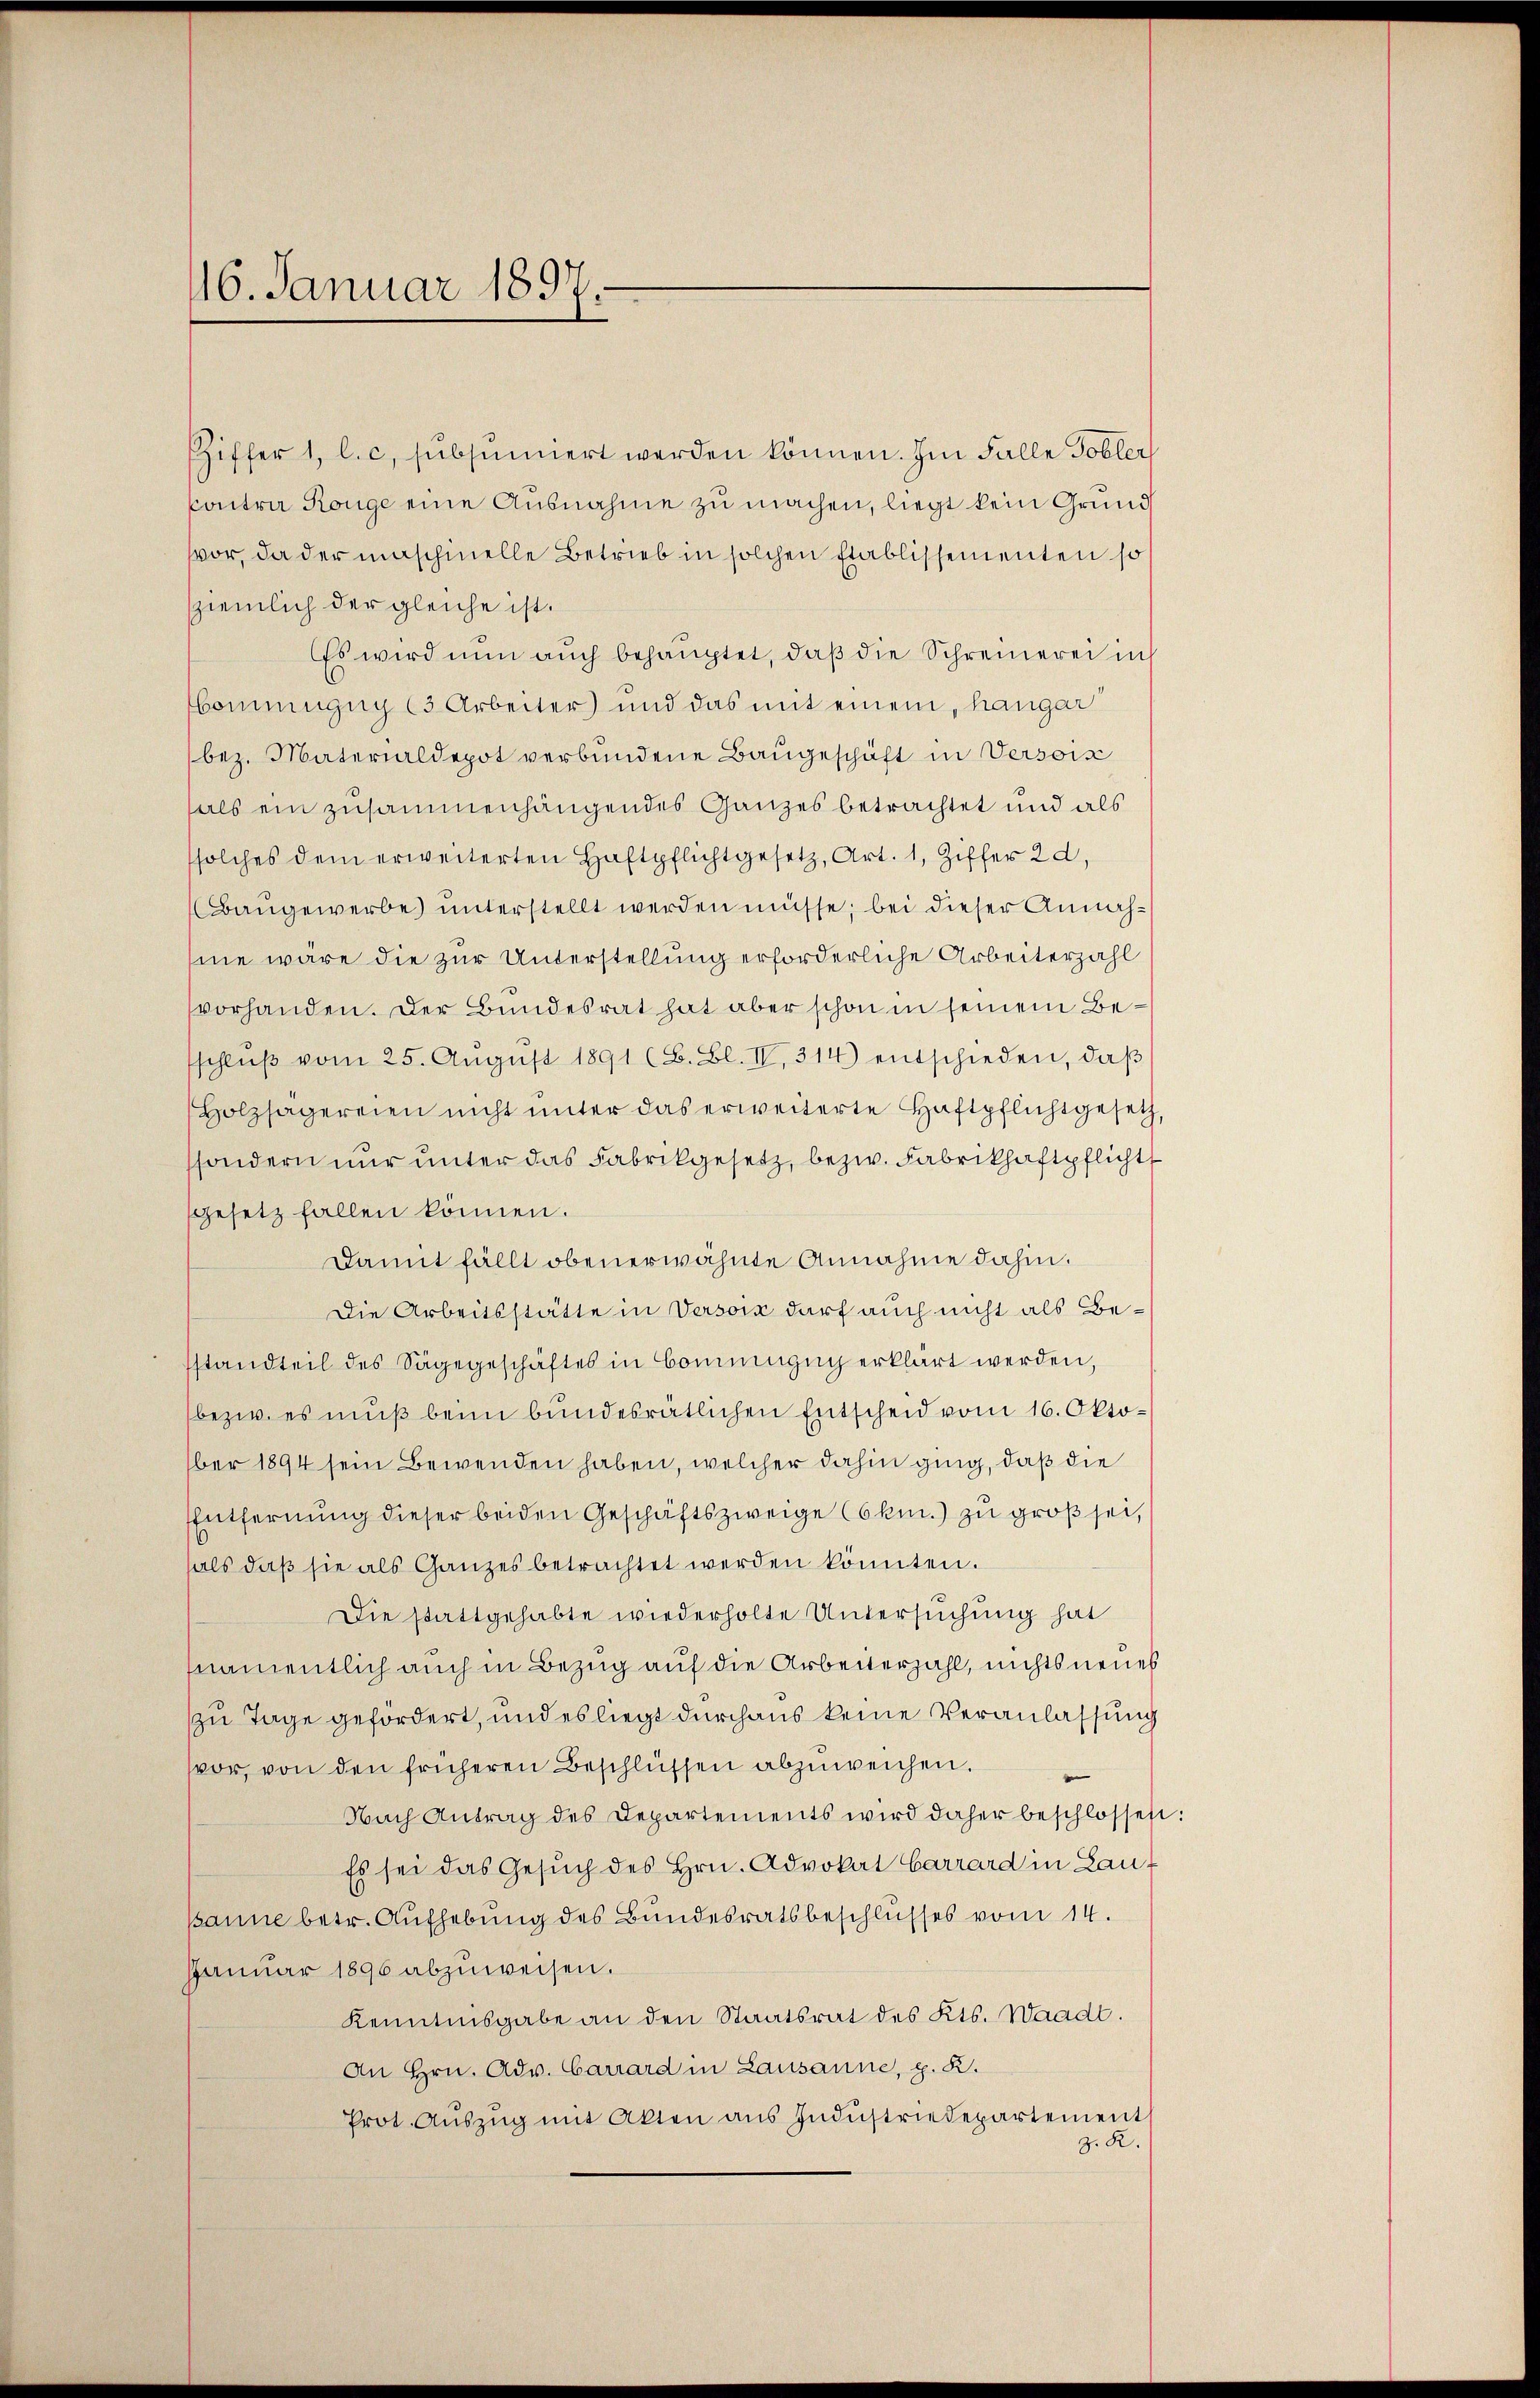
16. Januar 1897.

iffer 1, C. c. subsumiert werden können. Im Falle Tobler
Contra Ronge eine Ausnahme zu machen, liegt kein Grund
vor, da der maschinelle Betrieb in solchen Etablissementen so
ziemlich der gleiche ist.
Es wird nun auch behauptet, daß die Schreinerei uns
bommengug (3 Arbeiter und das mit einem, hangar
bez. Materialdepot verbundene Baugeschäft in Versois
als ein zusammenhängendes Ganzes betrachtet und als
ssolches dem erweiterten Haftpflichtgesetz, Art. 1, Ziffer 20,
Baugewerbe) unterstellt werden müsse, bei dieser Annahsine wäre die zur Unterstellung erforderliche Arbeiterzahl
vorhanden. Der Bundesrat hat aber schon in seinem Besschlŭβ vom 25. Aŭgŭst 1891 (B. Bl. IV 314) entschieden, daβ
Holzsägereien nicht unter das erweiterte Haftpflichtgesetz
ssondern nur unter das Fabrikgesetz, bezw. Fabrikhaftpflicht
gesetz fallen können.
Damit fällt obenerwähnte Annahme dahin.
Die Arbeitsstätte in Versoin darf auch nicht als Bestandteil des Sagegeschäftes in Commügug erklärt werden,
bezw. es muß beim bundesrätlichen Entscheid vom 16. Oktober 1894 sein Bewenden haben, welcher dahin ging, daß die
Entfernung dieser beiden Geschäftszweige Cokm.) zu groß sei,
hals daβ sie als Ganzes betrachtet werden könnten.
Die stattgehabte wiederholte Untersuchung hat
fnamentlich auch in Bezug auf die Arbeiterzahl, nichts neues
zu Tage gefordert, und es liegt durchaus keine Veranlassung
vor, von den früheren Beschlüssen abzuweichen.
Nach Antrag des Departements wird daher beschlossen:
Es sei das Gesŭch des Hrn. Advokat Carrard in Lauf
panne betr. Aufhebung des Bundesratsbeschlusses vom 14.
Januar 1896 abzuweisen.
Kenntnisgabe an den Staatsrat des Kts. Waadt.
An Hrn. Adv. Carrard in Lausanne, p. K.
Prot. Aŭszŭg mit Akten aŭs Indŭstriedepartement
z. R.